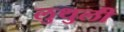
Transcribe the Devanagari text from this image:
लुथुली